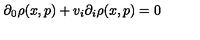
\partial _ { 0 } \rho ( x , p ) + v _ { i } \partial _ { i } \rho ( x , p ) = 0